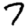
Digit: 7